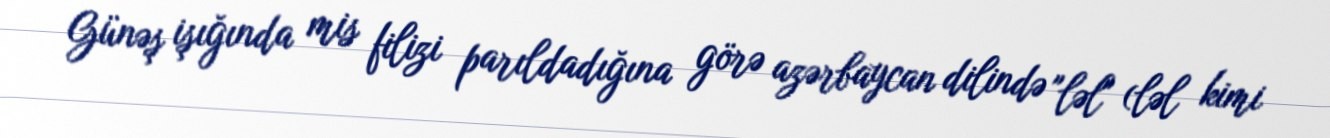
Günəş işığında mis filizi parıldadığına görə azərbaycan dilində "ləl" (ləl kimi